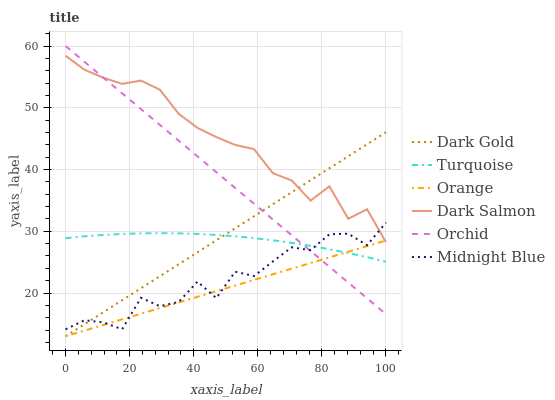
| xaxis_label | Dark Gold | Turquoise | Orange | Dark Salmon | Orchid | Midnight Blue |
 | --- | --- | --- | --- | --- | --- | --- |
 | 0 | 13 | 28.9 | 13 | 58.4 | 60 | 14.1 |
 | 5.88 | 14.9 | 29.2 | 13.9 | 56.2 | 57.4 | 15.6 |
 | 11.8 | 16.9 | 29.4 | 14.8 | 54.9 | 54.9 | 15.3 |
 | 17.6 | 18.8 | 29.6 | 15.7 | 53.9 | 52.3 | 14.1 |
 | 23.5 | 20.8 | 29.7 | 16.6 | 54.4 | 49.8 | 19.2 |
 | 29.4 | 22.7 | 29.7 | 17.6 | 52.9 | 47.2 | 17.9 |
 | 35.3 | 24.7 | 29.7 | 18.5 | 49 | 44.7 | 18.5 |
 | 41.2 | 26.6 | 29.6 | 19.4 | 46.7 | 42.1 | 21.8 |
 | 47.1 | 28.5 | 29.4 | 20.3 | 45.3 | 39.6 | 19.2 |
 | 52.9 | 30.5 | 29.2 | 21.2 | 44 | 37 | 23.5 |
 | 58.8 | 32.4 | 28.9 | 22.1 | 43.3 | 34.5 | 22.7 |
 | 64.7 | 34.4 | 28.5 | 23 | 39.4 | 31.9 | 25.1 |
 | 70.6 | 36.3 | 28.1 | 23.9 | 38.2 | 29.4 | 27.4 |
 | 76.5 | 38.3 | 27.6 | 24.9 | 35 | 26.8 | 26.9 |
 | 82.4 | 40.2 | 27.1 | 25.8 | 37.3 | 24.2 | 29.5 |
 | 88.2 | 42.1 | 26.5 | 26.7 | 32 | 21.7 | 29.6 |
 | 94.1 | 44.1 | 25.8 | 27.6 | 33.6 | 19.1 | 27.7 |
 | 100 | 46 | 25.1 | 28.5 | 28.2 | 16.6 | 31.4 |